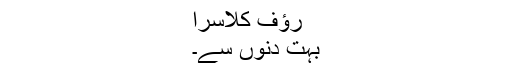
رؤف کلاسرا
بہت دنوں سے۔